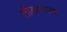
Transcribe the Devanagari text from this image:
तोंडामधला